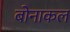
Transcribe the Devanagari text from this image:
बोनाकल